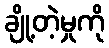
ချို့တဲ့မှုကို